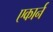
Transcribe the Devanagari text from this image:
एकार्न